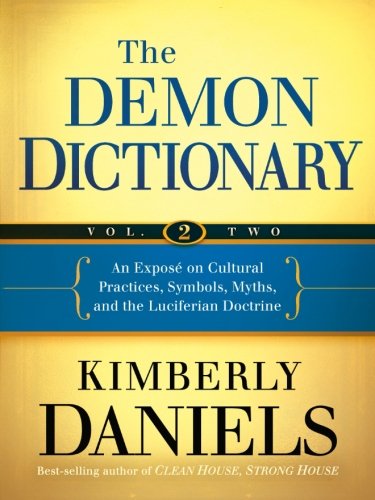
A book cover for The Demon Dictionary Volume Two: An ExposÃ© on Cultural Practices, Symbols, Myths, and the Luciferian Doctrine (Volume 2); Kimberly Daniels; Christian Books & Bibles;